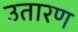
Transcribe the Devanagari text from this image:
उतारण